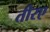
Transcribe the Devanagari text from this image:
तीरए